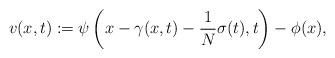
LaTeX: \begin{align*} v(x,t) := \psi\left(x - \gamma(x,t) - \frac{1}{N} \sigma(t),t\right) - \phi(x),\end{align*}